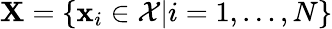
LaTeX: \textbf{X}=\{ \textbf{x}_{i}\in\mathcal{X}|i=1,\dots,N\}